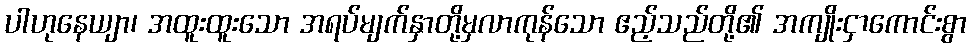
ပါဟုနေယျာ၊ အထူးထူးသော အရပ်မျက်နှာတို့မှလာကုန်သော ဧည့်သည်တို့၏ အကျိုးငှာကောင်းစွာ